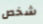
شخص